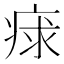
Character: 𤶩